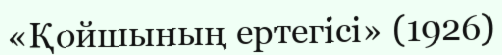
«Қойшының ертегісі» (1926)